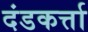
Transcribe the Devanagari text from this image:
दंडकर्त्ता